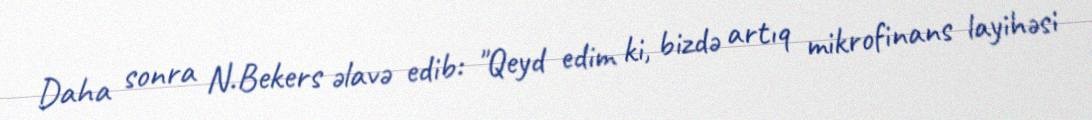
Daha sonra N.Bekers əlavə edib: "Qeyd edim ki, bizdə artıq mikrofinans layihəsi